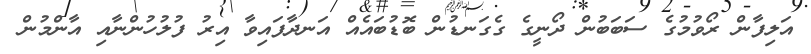
އަލިފާން ރޯވުމުގެ ސަބަބުން ދޯނީގެ ގެގަނޑުން ބޮޑުބައެއް އަނދާފައިވާ އިރު ފުލުހުންނާއި އާންމުން